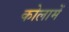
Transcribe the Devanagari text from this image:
कोलामें